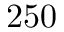
2 5 0